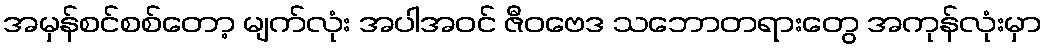
အမှန်စင်စစ်တော့ မျက်လုံး အပါအဝင် ဇီဝဗေဒ သဘောတရားတွေ အကုန်လုံးမှာ